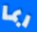
ربما